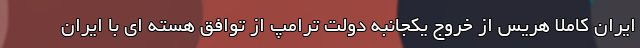
ایران کاملا هریس از خروج یکجانبه دولت ترامپ از توافق هسته ای با ایران